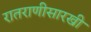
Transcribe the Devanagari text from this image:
रातराणीसारखी